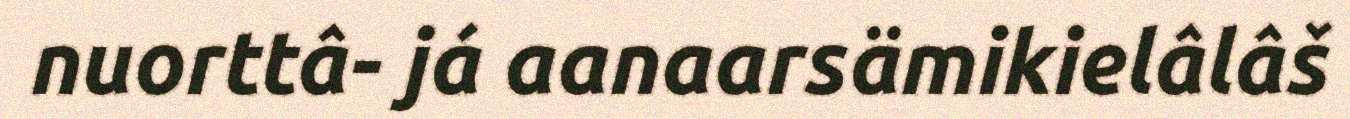
nuorttâ- já aanaarsämikielâlâš